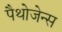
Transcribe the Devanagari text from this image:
पैथोजेन्स